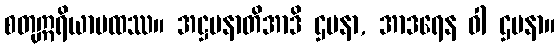
စတုဣရိယာပထဿ။ အဋ္ဌပနာတိအာဒိ ဌပနာ, အာဒရေန ဝါ ဌပနာ။